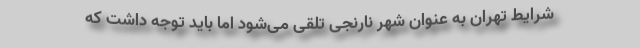
شرایط تهران به عنوان شهر نارنجی تلقی می‌شود اما باید توجه داشت که